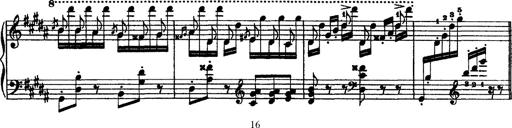
Title: Grandes Ã©tudes de Paganini
Composer: Franz Liszt